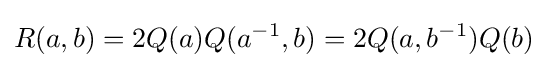
\displaystyle {R(a,b)=2Q(a)Q(a^{-1},b)=2Q(a,b^{-1})Q(b)}